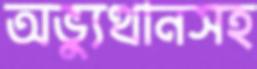
অভ্যুত্থানসহ